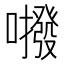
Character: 𱕕